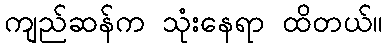
ကျည်ဆန်က သုံးနေရာ ထိတယ်။